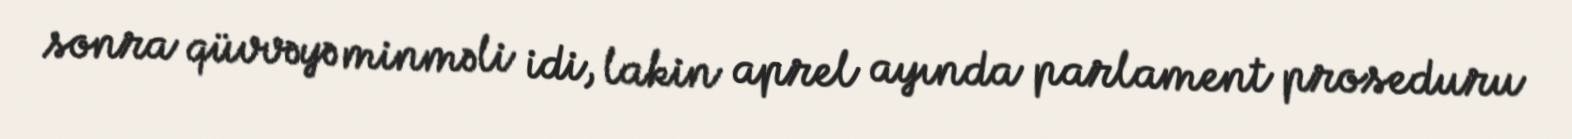
sonra qüvvəyə minməli idi, lakin aprel ayında parlament proseduru